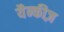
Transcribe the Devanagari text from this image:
यैन्कीज़